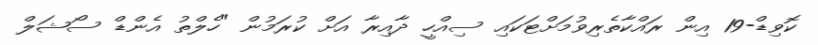
ކޮވިޑް-19 އިން ރައްކާތެރިވުމަށްޓަކައި ސިއްހީ ދާއިރާ އަށް ކުރަމުން "ހެލްތު އެންޑް ސޯޝަލް